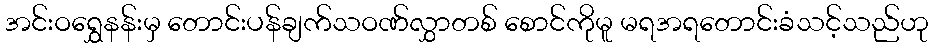
အင်းဝရွှေနန်းမှ တောင်းပန်ချက်သဝဏ်လွှာတစ် စောင်ကိုမူ မရအရတောင်းခံသင့်သည်ဟု